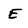
Character: E